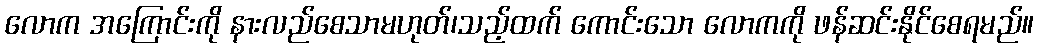
လောက အကြောင်းကို နားလည်စေသာမဟုတ်၊သည့်ထက် ကောင်းသော လောကကို ဖန်ဆင်းနိုင်စေရမည်။